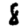
Digit: 8